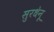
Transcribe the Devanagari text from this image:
सुरधेनू